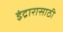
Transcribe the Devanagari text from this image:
इंद्रारासाठी